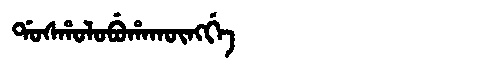
Manchu: ᡩᠣᠰᡥᠣᠯᠣᠪᡠᡥᠠᡴᡡᠩᡤᡝ
Romanization: DOSHOLOBUHAKŪNGGE